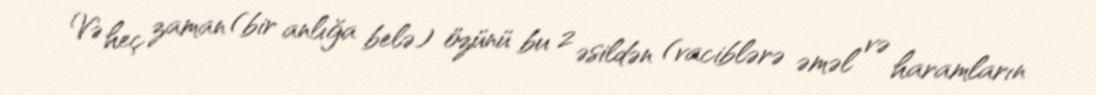
Və heç zaman (bir anlığa belə) özünü bu 2 əsildən (vaciblərə əməl və haramların